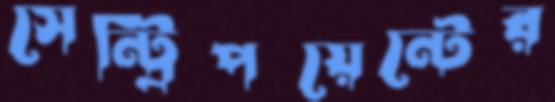
সেন্ট্রিপয়েন্টের